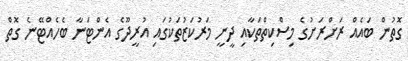
ގޮތުން ބައެއް ރަށްރަށުގެ މިސްކިތްތަކާއި ދީނީ މަރުކަޒުތަކުގައި އުރީދޫގެ އެންޓަނާ ބެހެއްޓޭނެ ގޮތް